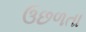
ઉછળતા